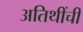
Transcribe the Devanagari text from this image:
अतिथींची